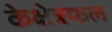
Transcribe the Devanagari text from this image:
केक्षेत्रफल